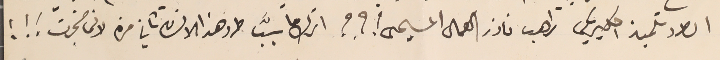
الطرد تلميذ اكليريكي راهب ناذر العمال المسيحى ؟؟؟ اترك ما سببَّ طرد هذا الانسان ثاني مره لانى ضجرت ! ! !.